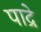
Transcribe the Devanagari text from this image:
पाद्रे